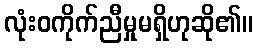
လုံးဝကိုက်ညီမှုမရှိဟုဆို၏။